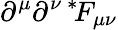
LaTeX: \partial^{\mu}\partial^{\nu\: *\! }F_{\mu\nu}